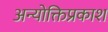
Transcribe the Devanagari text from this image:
अन्योक्तिप्रकाश